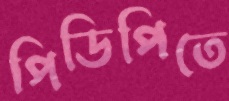
পিডিপিতে